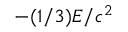
- ( 1 / 3 ) E / c ^ { 2 }